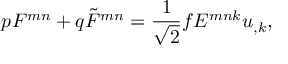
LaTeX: p F ^ { m n } + q \tilde { F } ^ { m n } = \frac { 1 } { \sqrt 2 } f E ^ { m n k } u _ { , k } ,